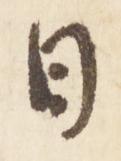
日